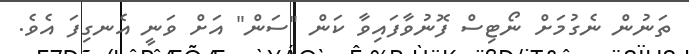
ތަނުން ނެގުމަށް ނޯޓިސް ފޮނުވާފައިވާ ކަން "ސަން" އަށް ވަނީ އެނގިފަ އެވެ.